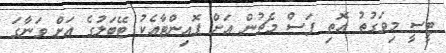
ޓީސީ މިވަގުތު އޮތި ފަސް މެޗުން އަށް ޕޮއިންޓާއެކު ޓޭބަލުގެ އަށް ވަނާގަ